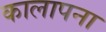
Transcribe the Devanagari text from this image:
कालापना